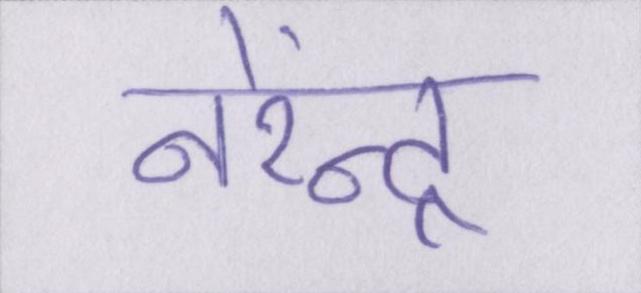
नरेंन्द्र